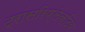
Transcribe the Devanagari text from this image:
ट्रांसरिफ्लेक्टिव